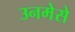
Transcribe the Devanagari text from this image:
उनमेसे